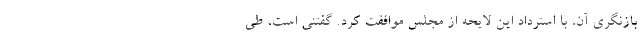
بازنگری آن، با استرداد این لایحه از مجلس موافقت کرد. گفتنی است، طی